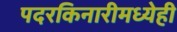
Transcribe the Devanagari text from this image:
पदरकिनारीमध्येही